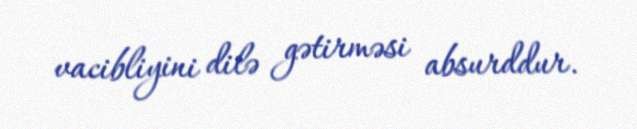
vacibliyini dilə gətirməsi absurddur.